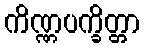
ကိဏ္ဏပက္ခိတ္တာ